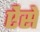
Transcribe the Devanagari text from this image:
ऐंसे